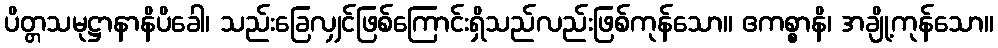
ပိတ္တသမုဋ္ဌာနာနိပိခေါ၊ သည်းခြေလျှင်ဖြစ်ကြောင်းရှိသည်လည်းဖြစ်ကုန်သော။ ဧကစ္စာနိ၊ အချို့ကုန်သော။